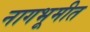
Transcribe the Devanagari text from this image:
नागभूमीत